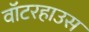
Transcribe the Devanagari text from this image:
वॉटरहाउस